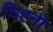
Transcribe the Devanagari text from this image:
चिह्नो